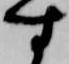
す